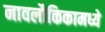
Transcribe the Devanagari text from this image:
नावलौकिकामध्ये